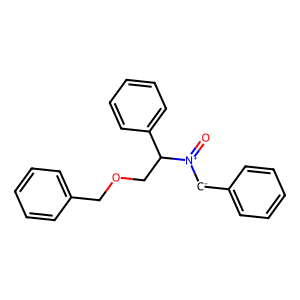
SMILES: O=[N+]([CH-]c1ccccc1)C(COCc1ccccc1)c1ccccc1
Inhibits HIV replication: No